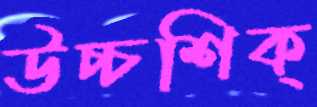
উচ্চশিক্